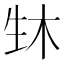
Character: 𬎳